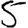
Digit: 5